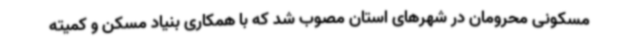
مسکونی محرومان در شهرهای استان مصوب شد که با همکاری بنیاد مسکن و کمیته